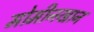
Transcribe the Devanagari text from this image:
मोमीनखान